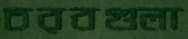
চরবগুলা